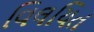
વિલયિત